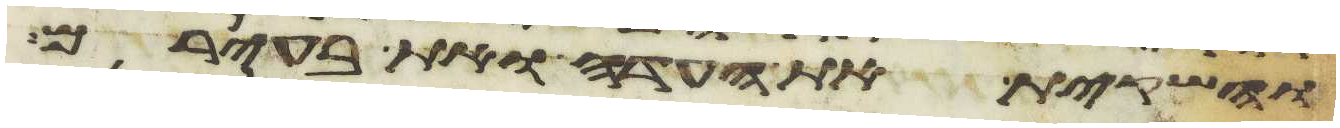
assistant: והשקית את העדה ואת בעירם